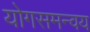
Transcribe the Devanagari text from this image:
योगसमन्वय